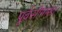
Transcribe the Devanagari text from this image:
पूर्वसीमांसा